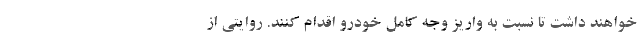
خواهند داشت تا نسبت به واریز وجه کامل خودرو اقدام کنند. روایتی از